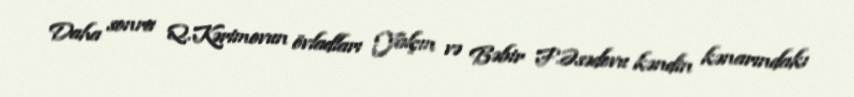
Daha sonra Q.Kərimovun övladları Yalçın və Bəbir F.Əsədovu kəndin kənarındakı